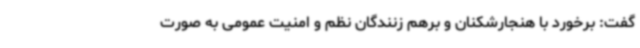
گفت: برخورد با هنجارشکنان و برهم زنندگان نظم‌ و امنیت عمومی به صورت